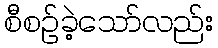
စီစဉ်ခဲ့သော်လည်း